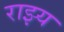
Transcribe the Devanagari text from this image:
राझ्य